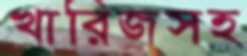
খারিজসহ